Vaccination in Bombay 1863-1868 - 1863-1868
Year: 1863
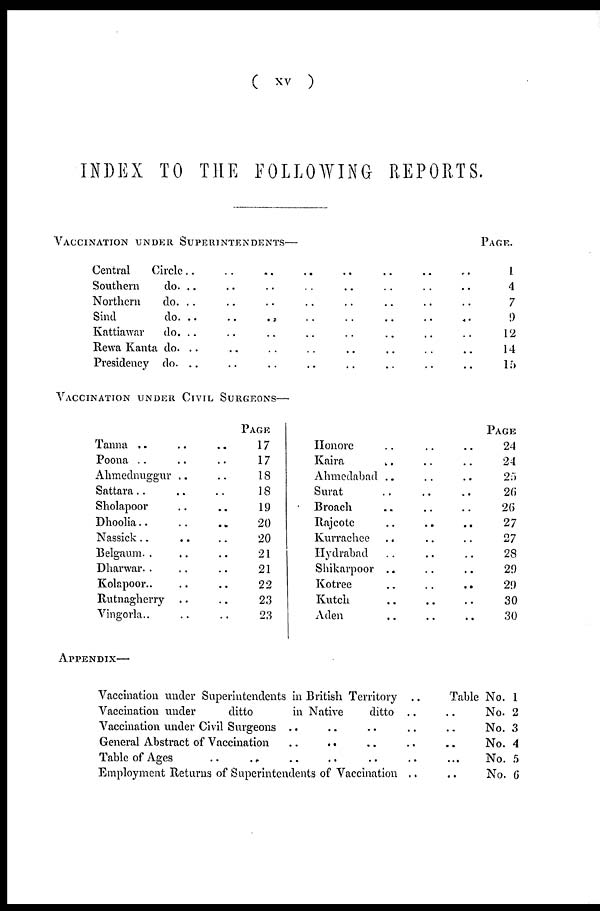
( xv )
INDEX TO THE FOLLOWING REPORTS.
VACCINATION UNDER SUPERINTENDENTS—
Central
Circle .. .. .. .. .. .. .. .. .. .. ..
Southern
do. .. .. .. .. .. .. .. .. ..
Northern
do. .. .. .. .. .. .. .. .. ..
Sind
do. .. .. .. .. .. .. ..
Kattiawar
do. .. .. .. .. .. .. .. .. ..
Rewa Kanta do. .. .. .. .. .. .. .. .. .. ..
Presidency do. .. .. .. .. .. .. .. .. ..
VACCINATION UNDER CIVIL SURGEONS—
Tanna .. .. ..
Poona .. .. .. ..
Ahmednuggur .. ..
Sattara .. .. ..
Sholapoor .. ..
Dhoolia .. .. ..
Nassick .. .. ..
Belgaum .. .. ..
Dharwar .. .. .. ..
Kolapoor .. .. ..
Rutnagherry .. ..
Vingorla.. .. ..
PAGE
17
17
18
18
19
20
20
21
21
22
23
23
Honore .. .. .. .. ..
Kaira .. .. .. .. ..
Ahmedabad .. .. .. .. ..
Surat .. .. .. ..
Broach .. .. ..
Rajcote .. .. ..
Kurrachee .. .. ..
Hydrabad .. .. ..
Shikarpoor .. .. .. ..
Kotree
..
..
..
..
..
Kutch
..
..
..
Aden .. .. ..
APPENDIX—
Vaccination under Superintendents in British Territory
..
Vaccination under
ditto
in Native
ditto .. ..
Vaccination under Civil Surgeons .. .. .. ..
General Abstract of Vaccination .. .. .. ..
Table of Ages .. .. .. .. ..
Employment Returns of Superintendents of Vaccination .. ..
PAGE.
1
4
7
9
12
14
15
PAGE
24
24
25
26
26
27
27
28
29
29
30
30
Table No. 1
No. 2
No. 3
No. 4
No. 5
No. 6